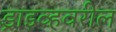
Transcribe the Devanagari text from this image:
ड्राइव्हवरील